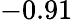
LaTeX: -0.91